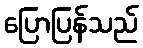
ပြောပြန်သည်